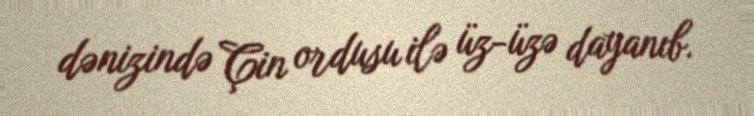
dənizində Çin ordusu ilə üz-üzə dayanıb.